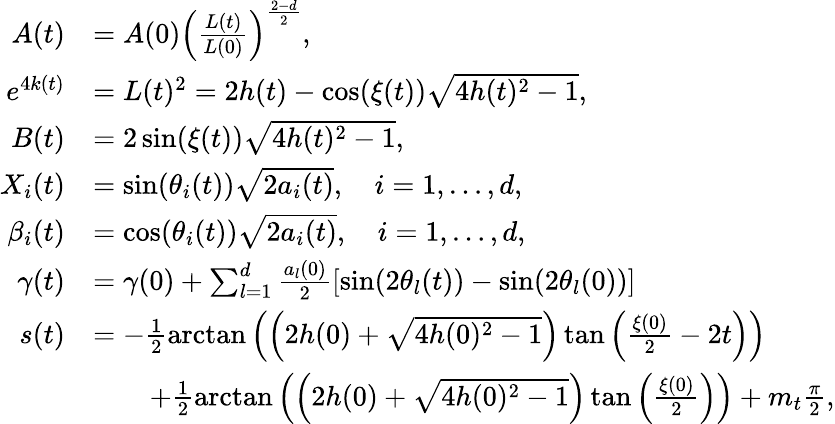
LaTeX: \begin{array}{rl}{A(t)}&{=A(0)\left(\frac{L(t)}{L(0)}\right)^{\frac{2-d}{2}},}\\ {e^{4k(t)}}&{=L(t)^{2}=2h(t)-\cos(\xi(t))\sqrt{4h(t)^{2}-1},}\\ {B(t)}&{=2\sin(\xi(t))\sqrt{4h(t)^{2}-1},}\\ {X_{i}(t)}&{=\sin(\theta_{i}(t))\sqrt{2a_{i}(t)},\quad i=1,\dots,d,}\\ {\beta_{i}(t)}&{=\cos(\theta_{i}(t))\sqrt{2a_{i}(t)},\quad i=1,\dots,d,}\\ {\gamma(t)}&{=\gamma(0)+\sum_{l=1}^{d}\frac{a_{l}(0)}{2}\left[\sin(2\theta_{l}(t))-\sin(2\theta_{l}(0))\right]}\\ {s(t)}&{=-\frac{1}{2}\arctan\left(\left(2h(0)+\sqrt{4h(0)^{2}-1}\right)\tan\left(\frac{\xi(0)}{2}-2t\right)\right)}\\ &{\qquad+\frac{1}{2}\arctan\left(\left(2h(0)+\sqrt{4h(0)^{2}-1}\right)\tan\left(\frac{\xi(0)}{2}\right)\right)+m_{t}\frac{\pi}{2},}\end{array}